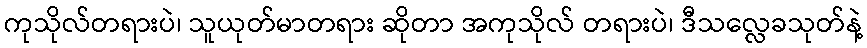
ကုသိုလ်တရားပဲ၊ သူယုတ်မာတရား ဆိုတာ အကုသိုလ် တရားပဲ၊ ဒီသလ္လေခသုတ်နဲ့